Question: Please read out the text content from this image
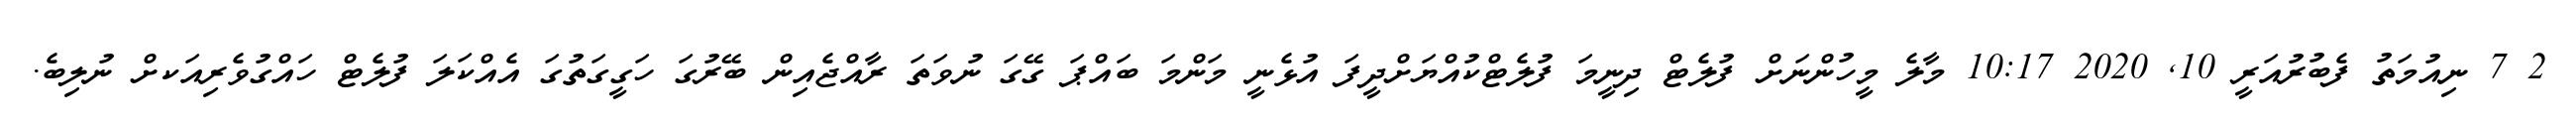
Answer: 2 7 ނިއުމަތު ފެބުރުއަރީ 10, 2020 10:17 މާލެ މީހުންނަށް ފުލެޓް ދިނީމަ ފުލެޓްކުއްޔަށްދީފަ އުޅެނީ މަންމަ ބައްޕަ ގޭގަ ނުވަތަ ރާއްޖެއިން ބޭރުގަ ހަގީގަތުގަ އެއްކަލަ ފުލެޓް ހައްގުވެރިއަކށް ނުލިބެ.